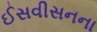
ઈસવીસનના